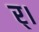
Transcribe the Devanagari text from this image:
र्।